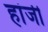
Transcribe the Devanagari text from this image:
हांजी